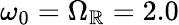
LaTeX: \omega_{0}=\Omega_{\mathbb{R}}=2.0